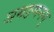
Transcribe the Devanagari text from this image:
ञमङणनम्